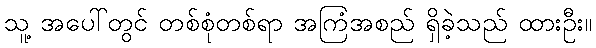
သူ့ အပေါ်တွင် တစ်စုံတစ်ရာ အကြံအစည် ရှိခဲ့သည် ထားဦး။